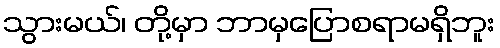
သွားမယ်၊ တို့မှာ ဘာမှပြောစရာမရှိဘူး